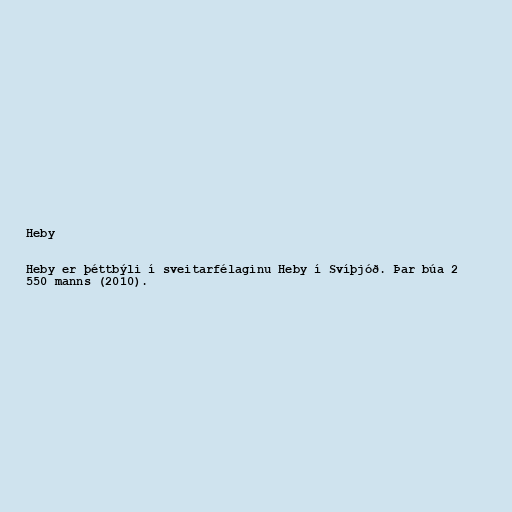
Heby

Heby er þéttbýli í sveitarfélaginu Heby í Svíþjóð. Þar búa 2
550 manns (2010).